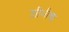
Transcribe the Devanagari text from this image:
जीभीचा